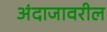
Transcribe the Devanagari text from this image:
अंदाजावरील